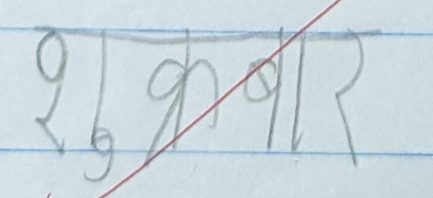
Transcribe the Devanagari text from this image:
शुक्रबार